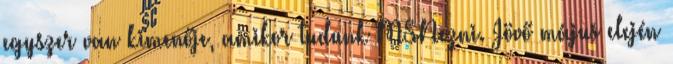
egyszer van kimenője, amikor tudunk MSNezni. Jövő május elején